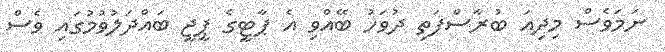
ނަމަވެސް މިދިއަ ބުރާސްފަތި ދުވަހު ބޭއްވި އެ ޕާޓީގެ ޕީޖީ ބައްދަލުވުމުގައި ވެސް